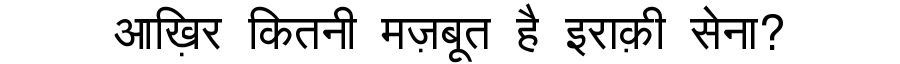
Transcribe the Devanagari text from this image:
आख़िर कितनी मज़बूत है इराक़ी सेना?